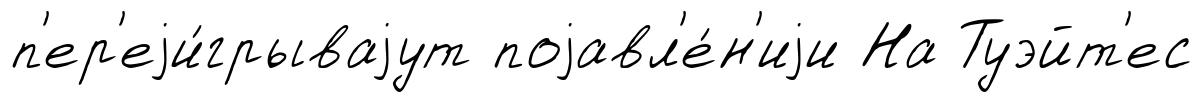
п'ер'еjи́грываjут поjавл'е́н'иjи На Туэйт'ес